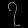
Digit: ၇